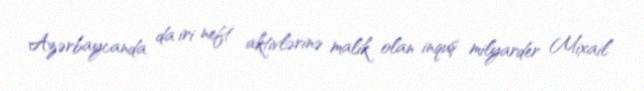
Azərbaycanda da iri neft aktivlərinə malik olan inquş milyarder Mixail